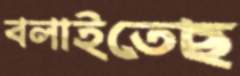
বলাইতেছ